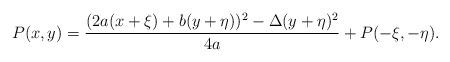
LaTeX: \begin{align*} P(x,y) = \frac{(2a(x+\xi) + b(y+\eta))^{2} - \Delta (y+\eta)^{2}}{4a} + P(-\xi,-\eta).\end{align*}